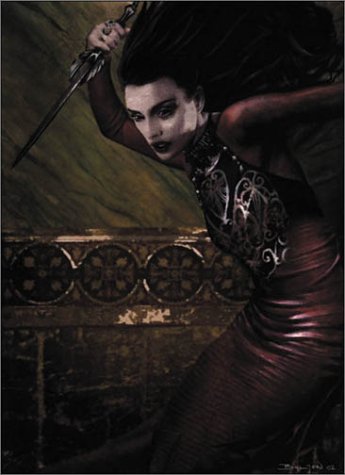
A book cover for Road of Kings (Vampire: The Dark Ages); Steven Renson; Science Fiction & Fantasy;